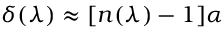
\delta ( \lambda ) \approx [ n ( \lambda ) - 1 ] \alpha